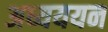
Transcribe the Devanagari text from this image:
अध्यययन